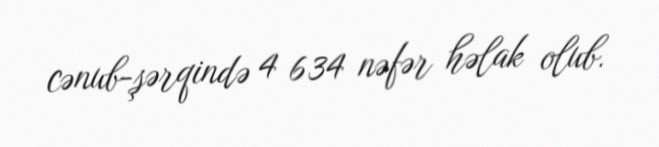
cənub-şərqində 4 634 nəfər həlak olub.